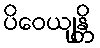
ပိဝေယျန္တိ